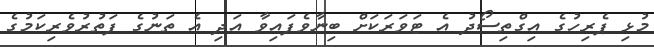
މުޅި ޕެރިހުގެ އިގްތިސޯދު އެ ޓަވަރަކަށް ބިނާވެފައިވާ އަދި އެ ތަނުގެ ފަތުރުވެރިކަމުގެ